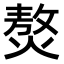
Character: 𤎅